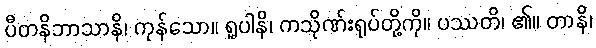
ပီတနိဘာသာနိ၊ ကုန်သော။ ရူပါနိ၊ ကသိုဏ်းရုပ်တို့ကို။ ပဿတိ၊ ၏။ တာနိ၊